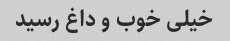
خیلی خوب و داغ رسید